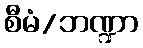
စီမံ/ဘဏ္ဍာ